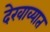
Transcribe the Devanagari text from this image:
देखाव्यात